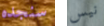
سنجده نيس